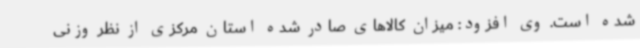
شده است. وی افزود: میزان کالاهای صادر شده استان مرکزی از نظر وزنی